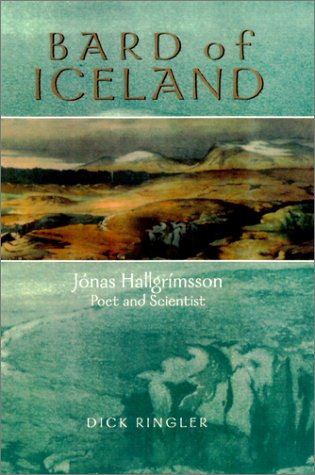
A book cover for Bard of Iceland: JÃ³nas HallgrÃ­msson, Poet and Scientist; Richard Ringler; Biographies & Memoirs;